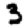
Digit: 3